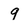
Character: 9